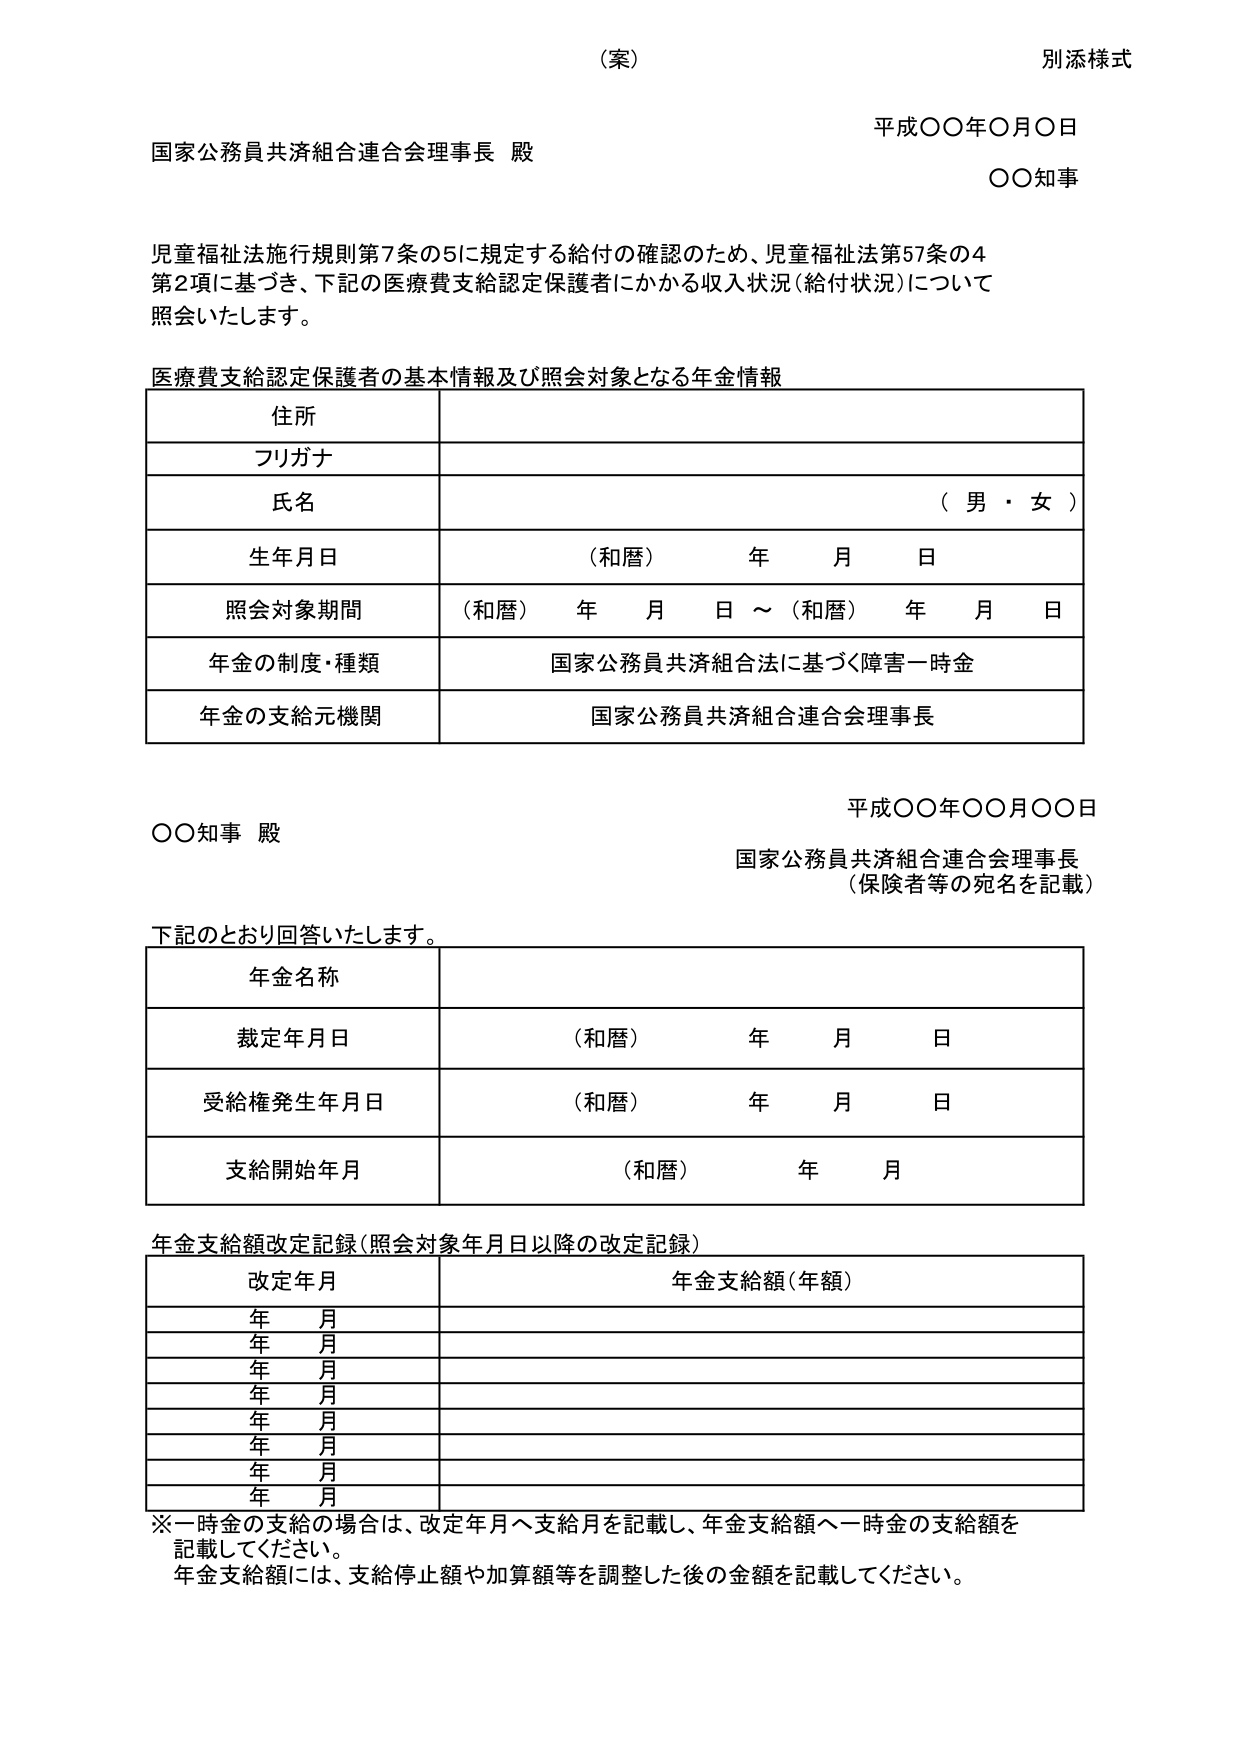
（案）
別添様式

平成〇〇年〇月〇日
国家公務員共済組合連合会理事長 殿
〇〇知事

児童福祉法施行規則第7条の5に規定する給付の確認のため、児童福祉法第57条の4
第2項に基づき、下記の医療費支給認定保護者にかかる収入状況（給付状況）について
照会いたします。

医療費支給認定保護者の基本情報及び照会対象となる年金情報

住所
フリガナ
氏名 （男・女）
生年月日 （和暦） 年 月 日
照会対象期間 （和暦） 年 月 日 ～ （和暦） 年 月 日
年金の制度・種類 国家公務員共済組合法に基づく障害一時金
年金の支給元機関 国家公務員共済組合連合会理事長

平成〇〇年〇〇月〇〇日
〇〇知事 殿
国家公務員共済組合連合会理事長
（保険者等の宛名を記載）

下記のとおり回答いたします。

年金名称
裁定年月日 （和暦） 年 月 日
受給権発生年月日 （和暦） 年 月 日
支給開始年月 （和暦） 年 月

年金支給額改定記録（照会対象年月日以降の改定記録）

改定年月 年金支給額（年額）
年 月
年 月
年 月
年 月
年 月
年 月
年 月
年 月

※一時金の支給の場合は、改定年月へ支給月を記載し、年金支給額へ一時金の支給額を
記載してください。
年金支給額には、支給停止額や加算額等を調整した後の金額を記載してください。